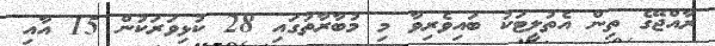
ރާއްޖޭގެ ތިން އެތުލީޓަކު ބައިވެރިވާ މި މުބާރާތުގައި 28 ކުޅިވަރަކުން 15 އާއި